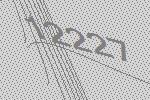
12227